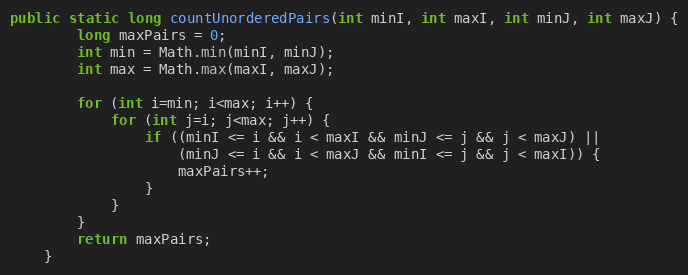
Language: Java
public static long countUnorderedPairs(int minI, int maxI, int minJ, int maxJ) {
        long maxPairs = 0;
        int min = Math.min(minI, minJ);
        int max = Math.max(maxI, maxJ);

        for (int i=min; i<max; i++) {
            for (int j=i; j<max; j++) {
                if ((minI <= i && i < maxI && minJ <= j && j < maxJ) ||
                    (minJ <= i && i < maxJ && minI <= j && j < maxI)) {
                    maxPairs++;
                }
            }
        }
        return maxPairs;
    }